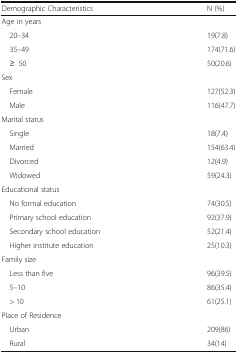
<table><thead><tr><td><b>Demographic Characteristics</b></td><td><b>N (%)</b></td></tr></thead><tbody><tr><td>Age in years</td><td></td></tr><tr><td> 20–34</td><td>19(7.8)</td></tr><tr><td> 35–49</td><td>174(71.6)</td></tr><tr><td> ≥50</td><td>50(20.6)</td></tr><tr><td>Sex</td><td></td></tr><tr><td> Female</td><td>127(52.3)</td></tr><tr><td> Male</td><td>116(47.7)</td></tr><tr><td>Marital status</td><td></td></tr><tr><td> Single</td><td>18(7.4)</td></tr><tr><td> Married</td><td>154(63.4)</td></tr><tr><td> Divorced</td><td>12(4.9)</td></tr><tr><td> Widowed</td><td>59(24.3)</td></tr><tr><td>Educational status</td><td></td></tr><tr><td> No formal education</td><td>74(30.5)</td></tr><tr><td> Primary school education</td><td>92(37.9)</td></tr><tr><td> Secondary school education</td><td>52(21.4)</td></tr><tr><td> Higher institute education</td><td>25(10.3)</td></tr><tr><td>Family size</td><td></td></tr><tr><td> Less than five</td><td>96(39.5)</td></tr><tr><td> 5–10</td><td>86(35.4)</td></tr><tr><td> &gt; 10</td><td>61(25.1)</td></tr><tr><td>Place of Residence</td><td></td></tr><tr><td> Urban</td><td>209(86)</td></tr><tr><td> Rural</td><td>34(14)</td></tr></tbody></table>